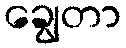
ချွေတာ